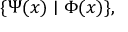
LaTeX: \{ \Psi ( x ) \mid \Phi ( x ) \} ,